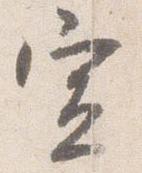
宣